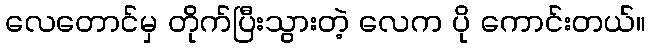
လေတောင်မှ တိုက်ပြီးသွားတဲ့ လေက ပို ကောင်းတယ်။